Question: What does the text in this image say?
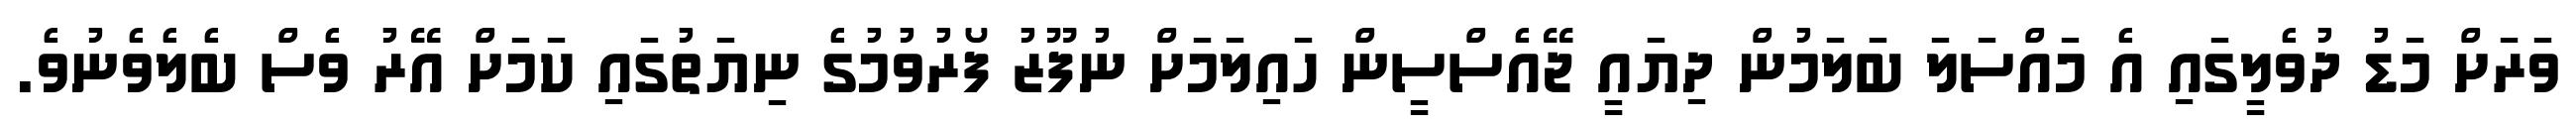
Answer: ވަރަށް މަޑު ދުވެލީގައި އެ މައްސަލަ ބަލަމުން ދިޔައީ ޖޭއެސްސީން ހައިލަމަށް ނުފޫޒު ފޯރުވުމުގެ ނިޔަތުގައި ކަމަށް އޭރު ވެސް ބެލެވެނުވެ.